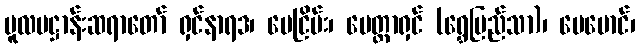
မူလပဋ္ဌာန်းဆရာတော် ရှင်နာရဒ၊ မေငြိမ်း၊ မေတ္တာရှင် (ရွှေပြည်သာ)၊ မေမောင်၊